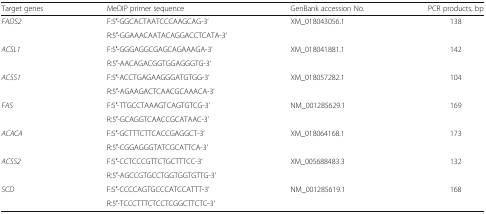
<table><thead><tr><td><b>Target genes</b></td><td><b>MeDIP primer sequence</b></td><td><b>GenBank accession No.</b></td><td><b>PCR products, bp</b></td></tr></thead><tbody><tr><td rowspan="2"><i>FADS2</i></td><td>F:5′-GGCACTAATCCCAAGCAG-3’</td><td>XM_018043056.1</td><td>138</td></tr><tr><td>R:5′-GGAAACAATACAGGACCTCATA-3’</td><td></td><td></td></tr><tr><td rowspan="2"><i>ACSL1</i></td><td>F:5′-GGGAGGCGAGCAGAAAGA-3’</td><td>XM_018041881.1</td><td>142</td></tr><tr><td>R:5′-AACAGACGGTGGAGGGTG-3’</td><td></td><td></td></tr><tr><td rowspan="2"><i>ACSS1</i></td><td>F:5′-ACCTGAGAAGGGATGTGG-3’</td><td>XM_018057282.1</td><td>104</td></tr><tr><td>R:5′-AGAAGACTCAACGCAAACA-3’</td><td></td><td></td></tr><tr><td rowspan="2"><i>FAS</i></td><td>F:5′-TTGCCTAAAGTCAGTGTCG-3’</td><td>NM_001285629.1</td><td>169</td></tr><tr><td>R:5′-GCAGGTCAACCGCATAAC-3’</td><td></td><td></td></tr><tr><td rowspan="2"><i>ACACA</i></td><td>F:5′-GCTTTCTTCACCGAGGCT-3’</td><td>XM_018064168.1</td><td>173</td></tr><tr><td>R:5′-CGGAGGGTATCGCATTCA-3’</td><td></td><td></td></tr><tr><td rowspan="2"><i>ACSS2</i></td><td>F:5′-CCTCCCGTTCTGCTTTCC-3’</td><td>XM_005688483.3</td><td>132</td></tr><tr><td>R:5′-AGCCGTGCCTGGTGGTGTTG-3’</td><td></td><td></td></tr><tr><td rowspan="2"><i>SCD</i></td><td>F:5′-CCCCAGTGCCCATCCATTT-3’</td><td>NM_001285619.1</td><td>168</td></tr><tr><td>R:5′-TCCCTTTCTCCTCGGCTTCTC-3’</td><td></td><td></td></tr></tbody></table>